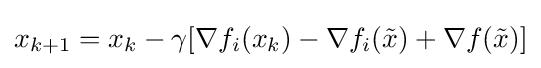
x_{k+1}=x_{k}-\gamma [\nabla f_{i}(x_{k})-\nabla f_{i}({\tilde {x}})+\nabla f({\tilde {x}})]